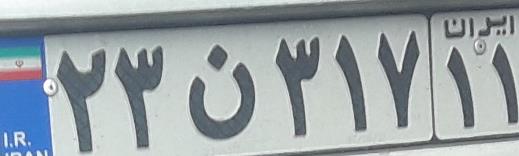
۲۳ن۳۱۷۱۱